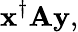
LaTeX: \mathbf{x}^{\dagger}\mathbf{Ay},